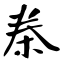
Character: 桊